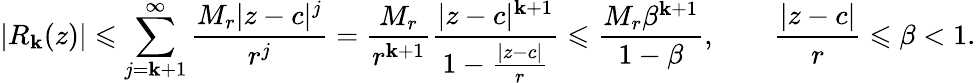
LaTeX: |R_{\mathbf{k}}(z)|\leqslant\sum_{j=\mathbf{k}+1}^{\infty}{\frac{{M_{r}|z-c|^{j}}}{{r^{j}}}}={\frac{{M_{r}}}{{r^{\mathbf{k}+1}}}}{\frac{{|z-c|^{\mathbf{k}+1}}}{{1-{\frac{{|z-c|}}{{r}}}}}}\leqslant{\frac{{M_{r}\beta^{\mathbf{k}+1}}}{{1-\beta}}},\qquad{\frac{{|z-c|}}{{r}}}\leqslant\beta<1.